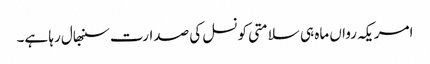
امریکہ رواں ماہ ہی سلامتی کونسل کی صدارت سنبھال رہا ہے۔